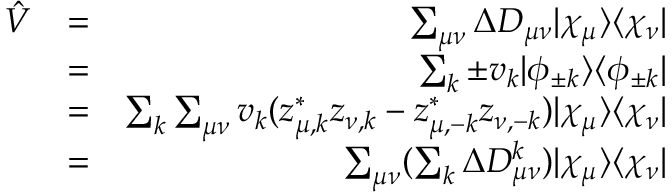
\begin{array} { r l r } { \hat { V } } & { = } & { \sum _ { \mu \nu } \Delta D _ { \mu \nu } | \chi _ { \mu } \rangle \langle \chi _ { \nu } | } \\ & { = } & { \sum _ { k } \pm v _ { k } | \phi _ { \pm k } \rangle \langle \phi _ { \pm k } | } \\ & { = } & { \sum _ { k } \sum _ { \mu \nu } v _ { k } ( z _ { \mu , k } ^ { * } z _ { \nu , k } - z _ { \mu , - k } ^ { * } z _ { \nu , - k } ) | \chi _ { \mu } \rangle \langle \chi _ { \nu } | } \\ & { = } & { \sum _ { \mu \nu } ( \sum _ { k } \Delta D _ { \mu \nu } ^ { k } ) | \chi _ { \mu } \rangle \langle \chi _ { \nu } | } \end{array}